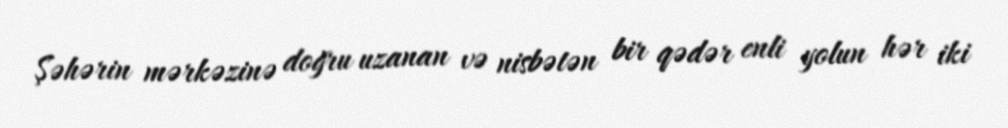
Şəhərin mərkəzinə doğru uzanan və nisbətən bir qədər enli yolun hər iki